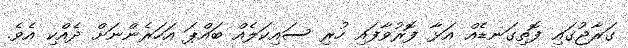
ގަރާޖުގައި ފޮތިގަނޑެއް އަަަޅާ ފޮރުވާފައި ހުރި ސައިކަލެއް ބައްޕަ އަހަރެންނަށް ދެއްކި އެވެ.